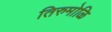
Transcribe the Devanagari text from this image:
तिरुमोळि